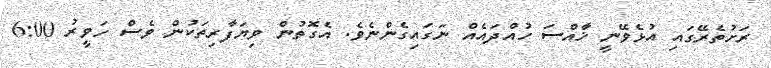
ރަށުތެރޭގައި އުޅެވޭނީ ޚާއްސަ ހުއްދައެއް ނަގައިގެންނެވެ. އެގޮތުން ވިޔަފާރިތަކުން ވެސް ހަވީރު 6:00